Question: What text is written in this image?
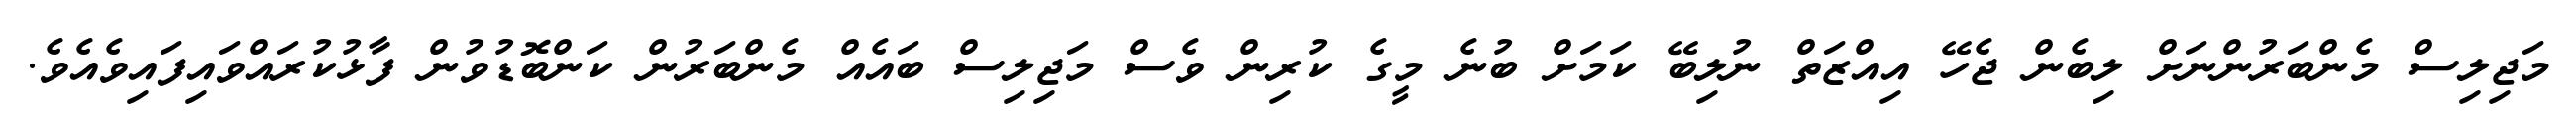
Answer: މަޖިލިސް މެންބަރުންނަށް ލިބެން ޖެހޭ އިއްޒަތް ނުލިބޭ ކަމަށް ބުނެ މީގެ ކުރިން ވެސް މަޖިލިސް ބައެއް މެންބަރުން ކަންބޮޑުވުން ފާޅުކުރައްވައިފައިވެއެވެ.